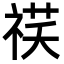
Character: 䄏